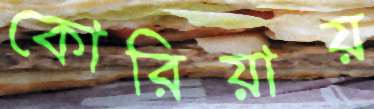
কোরিয়ায়